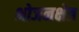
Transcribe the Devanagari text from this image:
भोजनक्षेत्र